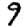
Digit: 9